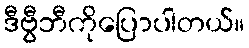
ဒီဗွီဘီကိုပြောပါတယ်။